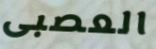
العصبى